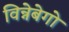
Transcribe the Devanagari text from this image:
विन्नेबेगो